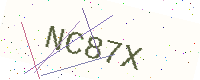
Text: NC87X